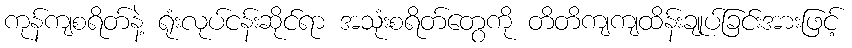
ကုန်ကျစရိတ်နဲ့ ရုံးလုပ်ငန်းဆိုင်ရာ အသုံးစရိတ်တွေကို တိတိကျကျထိန်းချုပ်ခြင်းအားဖြင့်